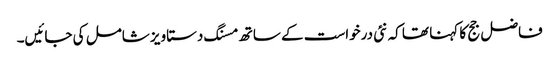
فاضل جج کا کہنا تھا کہ نئی درخواست کے ساتھ مسنگ دستاویز شامل کی جائیں۔